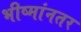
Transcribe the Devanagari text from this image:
भीष्मांनतर